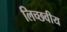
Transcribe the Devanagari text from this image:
लिच्छवीय